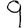
Digit: 9